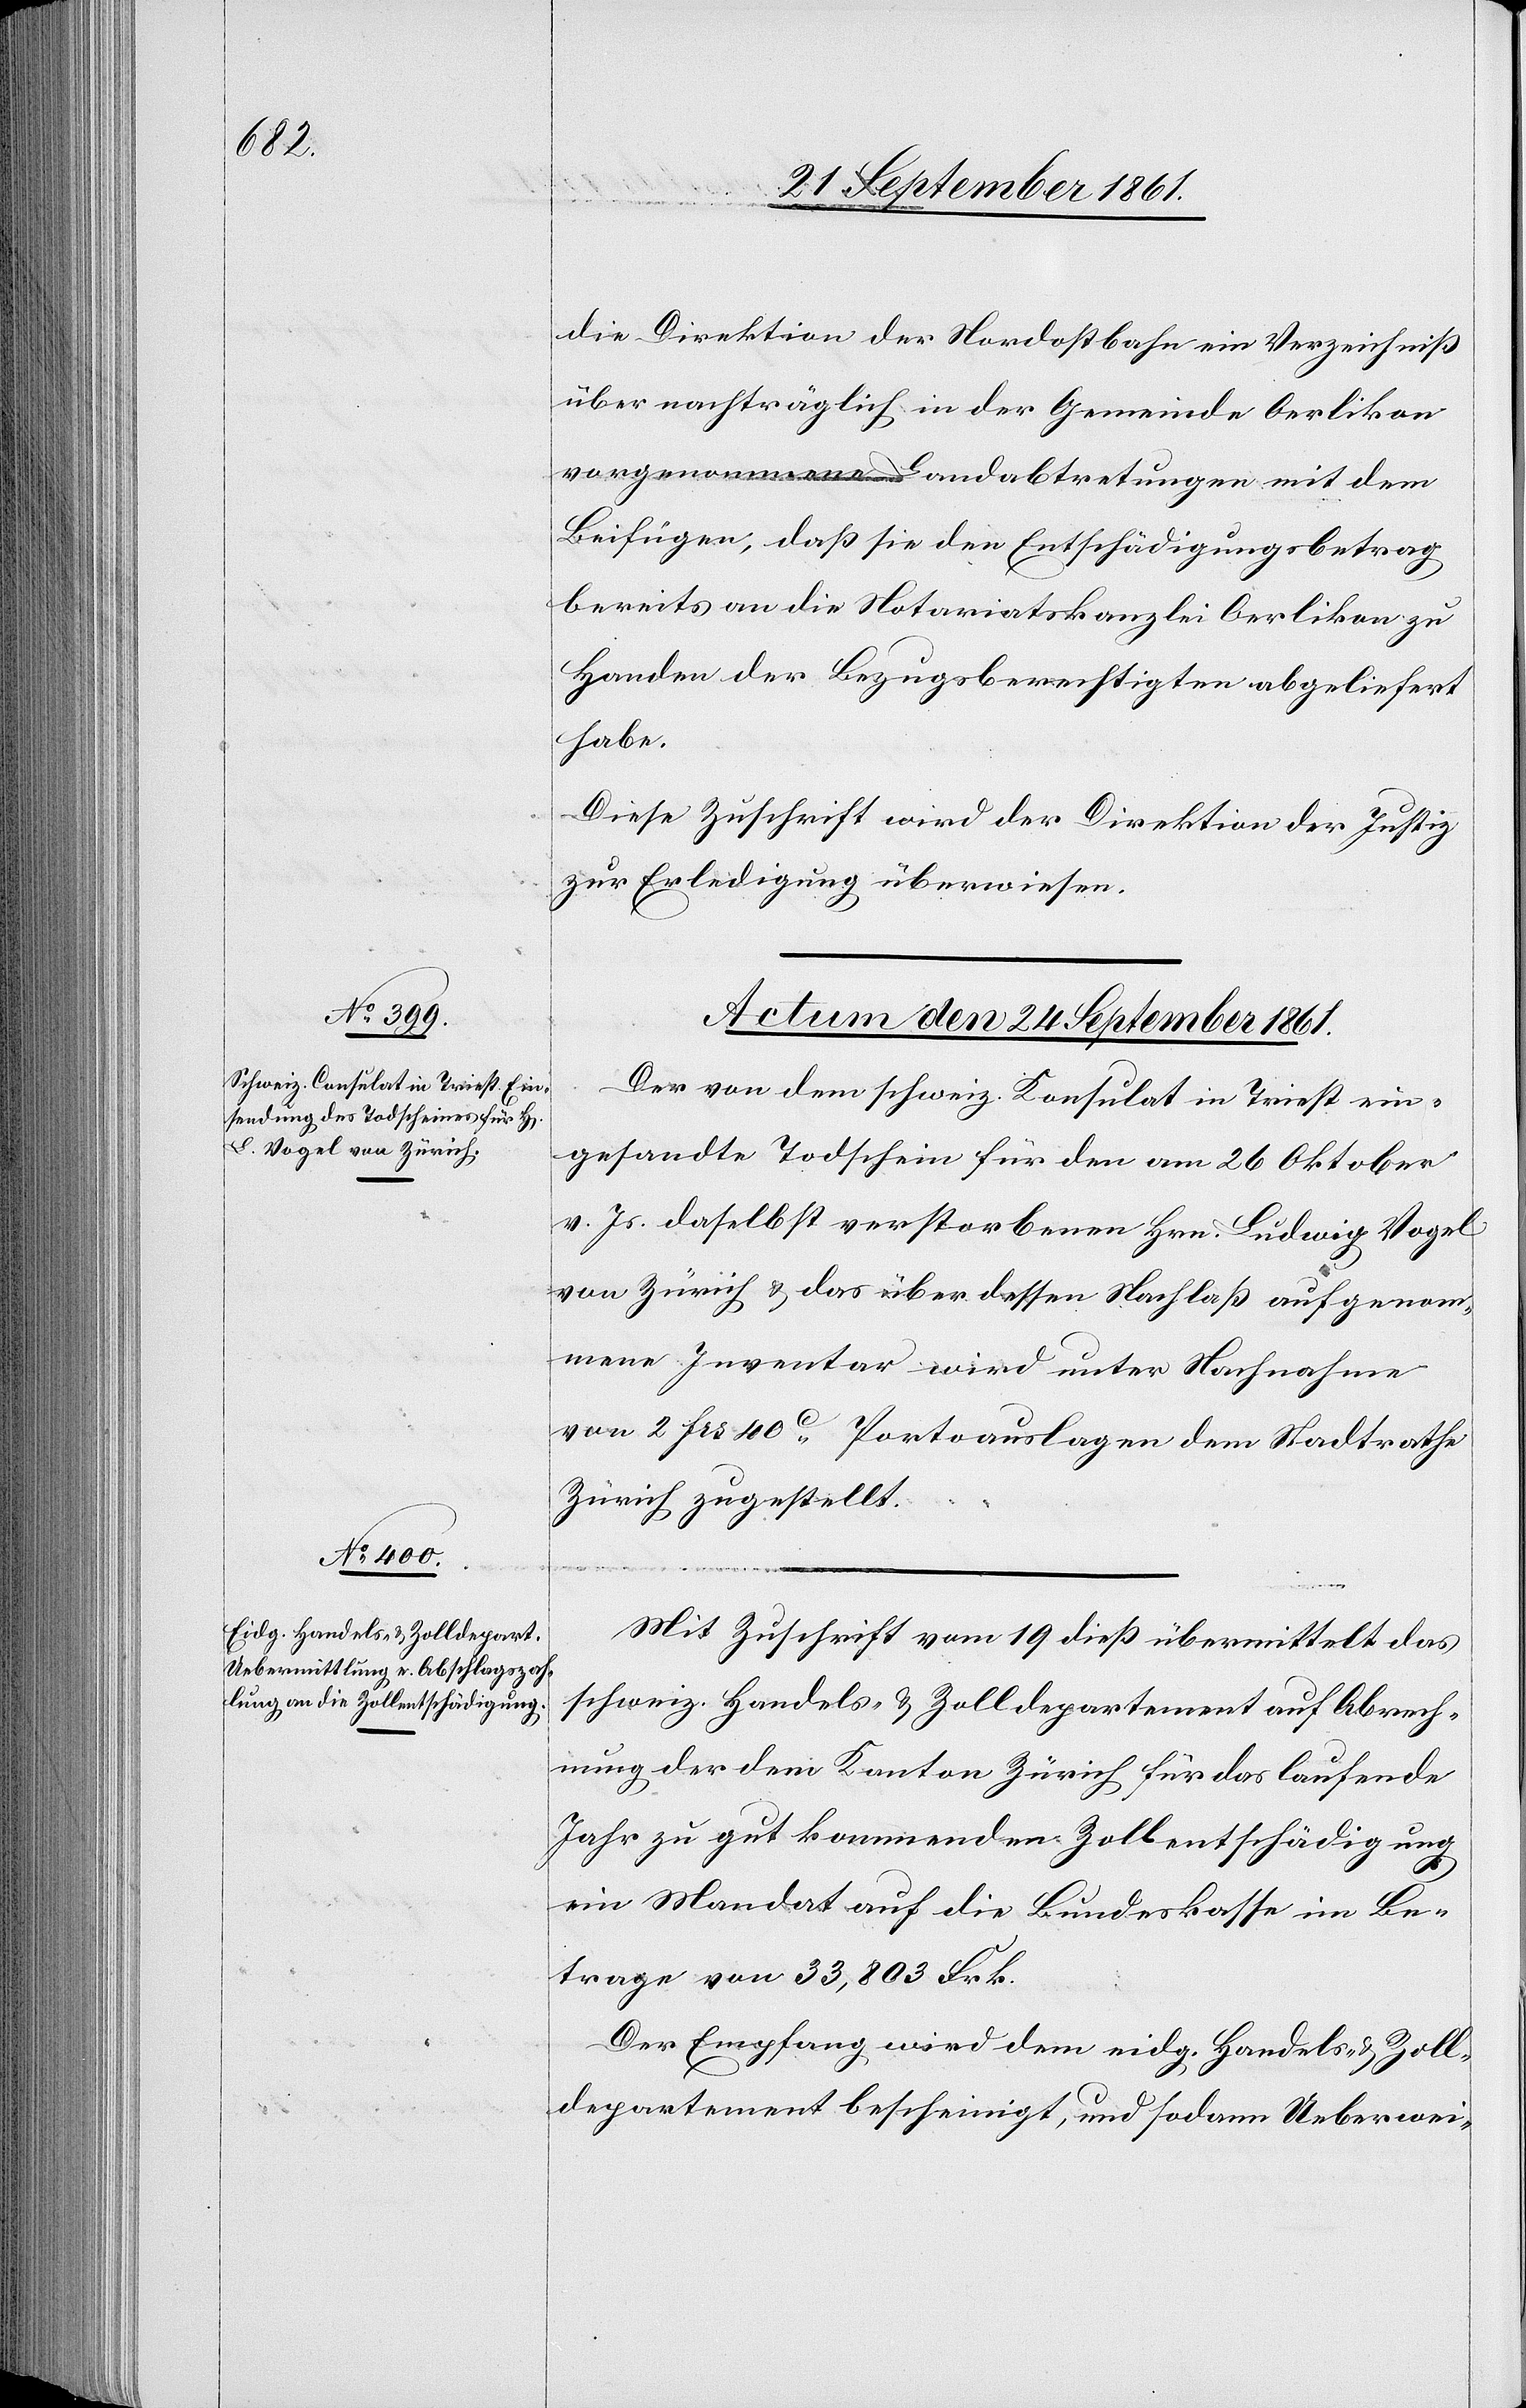
die Direktion der Nordostbahn ein Verzeichniß
über nachträglich in der Gemeinde Oerlikon
vorgenommene Landabtretungen mit dem
Beifügen, daß sie den Entschädigungsbetrag
bereits an die Notariatskanzlei Oerlikon zu
Handen der Bezugsberechtigten abgeliefert
habe.
Diese Zuschrift wird der Direktion der Justiz
zur Erledigung überwiesen.
Actum den 24 September 1861.]
Der von dem schweiz. Konsulat in Triest ein¬
gesandte Todschein für den am 26 Oktober
v. Js. daselbst verstorbenen Hrn. Ludwig Vogel
von Zürich u. das über dessen Nachlaß aufgenom¬
mene Inventar wird unter Nachnahme
von 2 frs 40c Portoauslagen dem Stadtrathe
Zürich zugestellt.
Mit Zuschrift vom 19 dieß übermittelt das
schweiz. Handels- u. Zolldepartement auf Abrech¬
nung der dem Kanton Zürich für das laufende
Jahr zu gut kommenden Zollentschädigung
ein Mandat auf die Bundeskasse im Be¬
trage von 33,803 Frk.
Der Empfang wird dem eidg. Handels- u. Zoll¬
departement bescheinigt, und sodann Ueberwei-